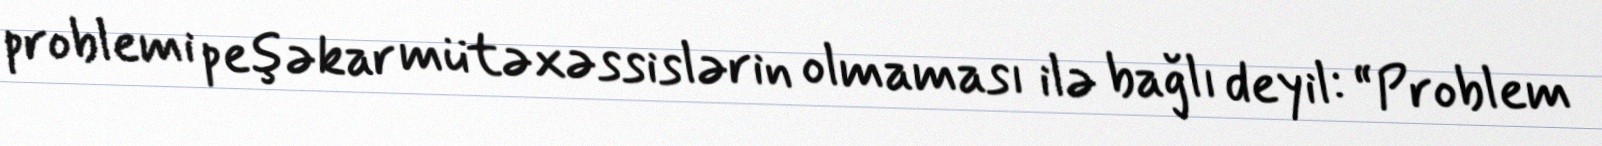
problemi peşəkar mütəxəssislərin olmaması ilə bağlı deyil: “Problem